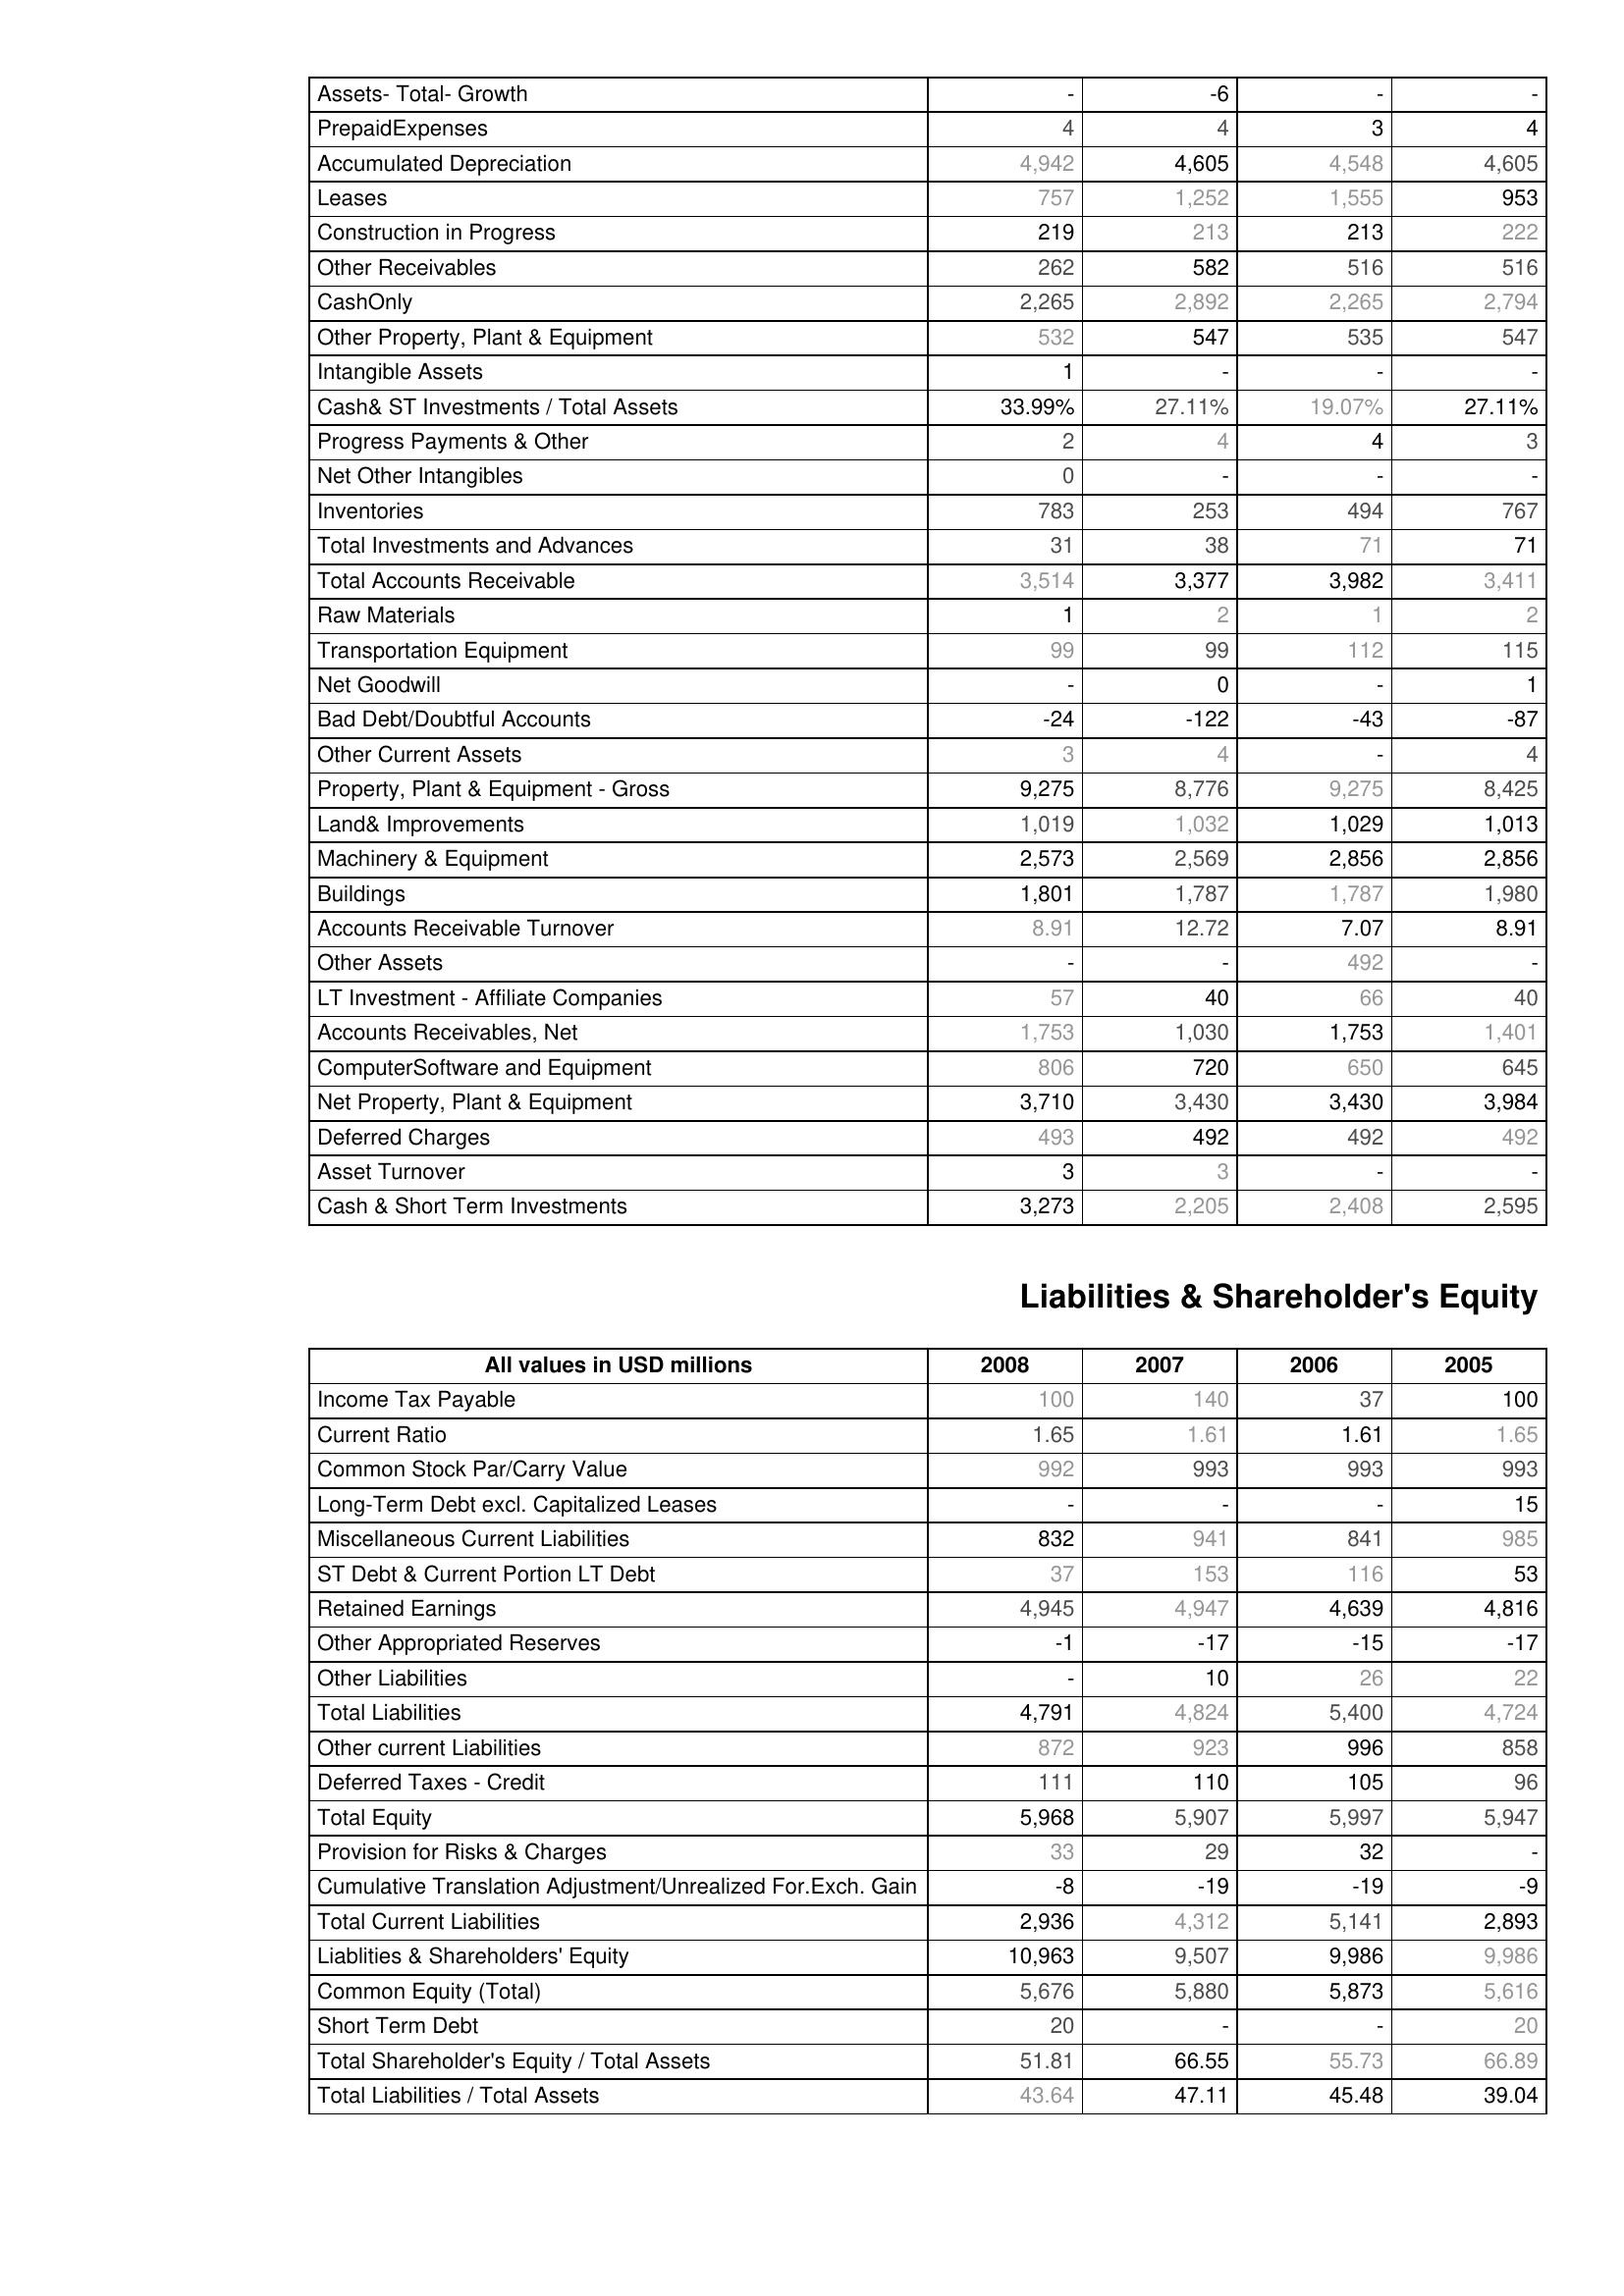
2008: Assets: Assets- Total- Growth: -
PrepaidExpenses: 4
Accumulated Depreciation: 4,942
Leases: 757
Construction in Progress: 219
Other Receivables: 262
CashOnly: 2,265
Other Property, Plant & Equipment: 532
Intangible Assets: 1
Cash& ST Investments / Total Assets: 33.99%
Progress Payments & Other: 2
Net Other Intangibles: 0
Inventories: 783
Total Investments and Advances: 31
Total Accounts Receivable: 3,514
Raw Materials: 1
Transportation Equipment: 99
Net Goodwill: -
Bad Debt/Doubtful Accounts: -24
Other Current Assets: 3
Property, Plant & Equipment - Gross : 9,275
Land& Improvements: 1,019
Machinery & Equipment: 2,573
Buildings: 1,801
Accounts Receivable Turnover: 8.91
Other Assets: -
LT Investment - Affiliate Companies: 57
Accounts Receivables, Net: 1,753
ComputerSoftware and Equipment: 806
Net Property, Plant & Equipment: 3,710
Deferred Charges: 493
Asset Turnover: 3
Cash & Short Term Investments: 3,273
Liabilities & Shareholder's Equity: Income Tax Payable: 100
Current Ratio: 1.65
Common Stock Par/Carry Value: 992
Long-Term Debt excl. Capitalized Leases: -
Miscellaneous Current Liabilities: 832
ST Debt & Current Portion LT Debt: 37
Retained Earnings: 4,945
Other Appropriated Reserves: -1
Other Liabilities: -
Total Liabilities: 4,791
Other current Liabilities: 872
Deferred Taxes - Credit: 111
Total Equity: 5,968
Provision for Risks & Charges: 33
Cumulative Translation Adjustment/Unrealized For.Exch. Gain: -8
Total Current Liabilities: 2,936
Liablities & Shareholders' Equity: 10,963
Common Equity (Total): 5,676
Short Term Debt: 20
Total Shareholder's Equity / Total Assets: 51.81
Total Liabilities / Total Assets: 43.64
2007: Assets: Assets- Total- Growth: -6
PrepaidExpenses: 4
Accumulated Depreciation: 4,605
Leases: 1,252
Construction in Progress: 213
Other Receivables: 582
CashOnly: 2,892
Other Property, Plant & Equipment: 547
Intangible Assets: -
Cash& ST Investments / Total Assets: 27.11%
Progress Payments & Other: 4
Net Other Intangibles: -
Inventories: 253
Total Investments and Advances: 38
Total Accounts Receivable: 3,377
Raw Materials: 2
Transportation Equipment: 99
Net Goodwill: 0
Bad Debt/Doubtful Accounts: -122
Other Current Assets: 4
Property, Plant & Equipment - Gross : 8,776
Land& Improvements: 1,032
Machinery & Equipment: 2,569
Buildings: 1,787
Accounts Receivable Turnover: 12.72
Other Assets: -
LT Investment - Affiliate Companies: 40
Accounts Receivables, Net: 1,030
ComputerSoftware and Equipment: 720
Net Property, Plant & Equipment: 3,430
Deferred Charges: 492
Asset Turnover: 3
Cash & Short Term Investments: 2,205
Liabilities & Shareholder's Equity: Income Tax Payable: 140
Current Ratio: 1.61
Common Stock Par/Carry Value: 993
Long-Term Debt excl. Capitalized Leases: -
Miscellaneous Current Liabilities: 941
ST Debt & Current Portion LT Debt: 153
Retained Earnings: 4,947
Other Appropriated Reserves: -17
Other Liabilities: 10
Total Liabilities: 4,824
Other current Liabilities: 923
Deferred Taxes - Credit: 110
Total Equity: 5,907
Provision for Risks & Charges: 29
Cumulative Translation Adjustment/Unrealized For.Exch. Gain: -19
Total Current Liabilities: 4,312
Liablities & Shareholders' Equity: 9,507
Common Equity (Total): 5,880
Short Term Debt: -
Total Shareholder's Equity / Total Assets: 66.55
Total Liabilities / Total Assets: 47.11
2006: Assets: Assets- Total- Growth: -
PrepaidExpenses: 3
Accumulated Depreciation: 4,548
Leases: 1,555
Construction in Progress: 213
Other Receivables: 516
CashOnly: 2,265
Other Property, Plant & Equipment: 535
Intangible Assets: -
Cash& ST Investments / Total Assets: 19.07%
Progress Payments & Other: 4
Net Other Intangibles: -
Inventories: 494
Total Investments and Advances: 71
Total Accounts Receivable: 3,982
Raw Materials: 1
Transportation Equipment: 112
Net Goodwill: -
Bad Debt/Doubtful Accounts: -43
Other Current Assets: -
Property, Plant & Equipment - Gross : 9,275
Land& Improvements: 1,029
Machinery & Equipment: 2,856
Buildings: 1,787
Accounts Receivable Turnover: 7.07
Other Assets: 492
LT Investment - Affiliate Companies: 66
Accounts Receivables, Net: 1,753
ComputerSoftware and Equipment: 650
Net Property, Plant & Equipment: 3,430
Deferred Charges: 492
Asset Turnover: -
Cash & Short Term Investments: 2,408
Liabilities & Shareholder's Equity: Income Tax Payable: 37
Current Ratio: 1.61
Common Stock Par/Carry Value: 993
Long-Term Debt excl. Capitalized Leases: -
Miscellaneous Current Liabilities: 841
ST Debt & Current Portion LT Debt: 116
Retained Earnings: 4,639
Other Appropriated Reserves: -15
Other Liabilities: 26
Total Liabilities: 5,400
Other current Liabilities: 996
Deferred Taxes - Credit: 105
Total Equity: 5,997
Provision for Risks & Charges: 32
Cumulative Translation Adjustment/Unrealized For.Exch. Gain: -19
Total Current Liabilities: 5,141
Liablities & Shareholders' Equity: 9,986
Common Equity (Total): 5,873
Short Term Debt: -
Total Shareholder's Equity / Total Assets: 55.73
Total Liabilities / Total Assets: 45.48
2005: Assets: Assets- Total- Growth: -
PrepaidExpenses: 4
Accumulated Depreciation: 4,605
Leases: 953
Construction in Progress: 222
Other Receivables: 516
CashOnly: 2,794
Other Property, Plant & Equipment: 547
Intangible Assets: -
Cash& ST Investments / Total Assets: 27.11%
Progress Payments & Other: 3
Net Other Intangibles: -
Inventories: 767
Total Investments and Advances: 71
Total Accounts Receivable: 3,411
Raw Materials: 2
Transportation Equipment: 115
Net Goodwill: 1
Bad Debt/Doubtful Accounts: -87
Other Current Assets: 4
Property, Plant & Equipment - Gross : 8,425
Land& Improvements: 1,013
Machinery & Equipment: 2,856
Buildings: 1,980
Accounts Receivable Turnover: 8.91
Other Assets: -
LT Investment - Affiliate Companies: 40
Accounts Receivables, Net: 1,401
ComputerSoftware and Equipment: 645
Net Property, Plant & Equipment: 3,984
Deferred Charges: 492
Asset Turnover: -
Cash & Short Term Investments: 2,595
Liabilities & Shareholder's Equity: Income Tax Payable: 100
Current Ratio: 1.65
Common Stock Par/Carry Value: 993
Long-Term Debt excl. Capitalized Leases: 15
Miscellaneous Current Liabilities: 985
ST Debt & Current Portion LT Debt: 53
Retained Earnings: 4,816
Other Appropriated Reserves: -17
Other Liabilities: 22
Total Liabilities: 4,724
Other current Liabilities: 858
Deferred Taxes - Credit: 96
Total Equity: 5,947
Provision for Risks & Charges: -
Cumulative Translation Adjustment/Unrealized For.Exch. Gain: -9
Total Current Liabilities: 2,893
Liablities & Shareholders' Equity: 9,986
Common Equity (Total): 5,616
Short Term Debt: 20
Total Shareholder's Equity / Total Assets: 66.89
Total Liabilities / Total Assets: 39.04